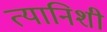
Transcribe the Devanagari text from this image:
त्यानिशी